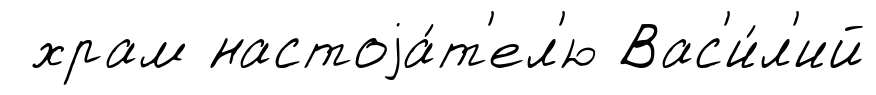
храм настоjа́т'ел'ю Вас'и́л'ий